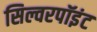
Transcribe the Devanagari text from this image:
सिल्वरपॉइंट